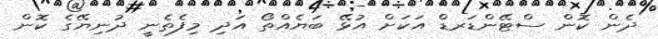
ދެން ކޮން ސްޓޭންޑަރޑް އަކަށް އުޅޭ ބަޔެއްތޯ އަދި މިފެތެނީ ދުނިޔޭގެ ކޮން